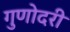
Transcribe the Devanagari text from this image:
गुणोदरी